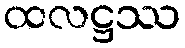
ထလဋ္ဌဿ